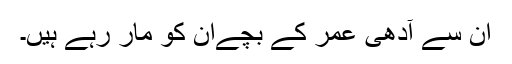
ان سے آدھی عمر کے بچےان کو مار رہے ہیں۔